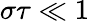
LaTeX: \sigma\tau\ll 1